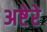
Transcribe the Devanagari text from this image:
अष्टेरे